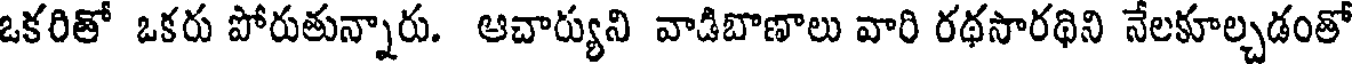
ఒకరితో ఒకరు పోరుతున్నారు. ఆచార్యుని వాడిబొణాలు వారి రథసారథిని నేలకూల్చడంతో